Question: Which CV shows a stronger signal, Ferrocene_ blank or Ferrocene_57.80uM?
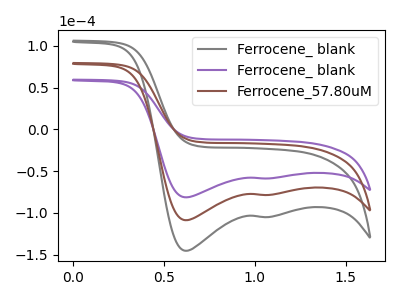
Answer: <think>The gray curve "Ferrocene_ blank" has cathodic peaks at (0.60V, -217.60uA) (1.05V, -157.10uA). The purple curve "Ferrocene_ blank" has cathodic peaks at (0.60V, -81.40uA) (1.05V, -58.80uA). The brown curve "Ferrocene_57.80uM" has cathodic peaks at (0.60V, -108.80uA) (1.05V, -78.55uA).
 All the peaks in "Ferrocene_ blank" have a peak in "Ferrocene_57.80uM" at the same potential. Every peak in "Ferrocene_ blank" is lower than every peak in "Ferrocene_57.80uM".</think>
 <answer>"Ferrocene_ blank" has less signal than "Ferrocene_57.80uM".</answer>
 <eval>less_signal</eval>